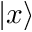
| x \rangle